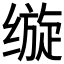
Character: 𰬵